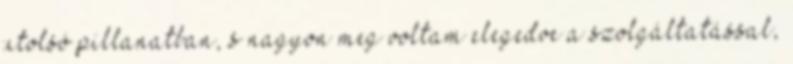
utolsó pillanatban, s nagyon meg voltam elegedve a szolgáltatással,